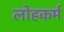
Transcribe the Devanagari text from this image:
लोहकर्म